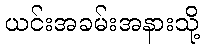
ယင်းအခမ်းအနားသို့